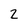
Character: 2